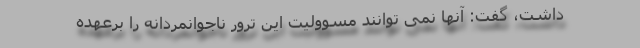
داشت، گفت: آنها نمی توانند مسوولیت این ترور ناجوانمردانه را برعهده